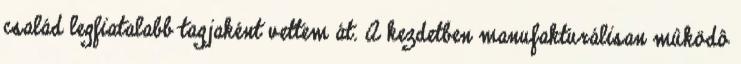
család legfiatalabb tagjaként vettem át. A kezdetben manufakturálisan mûködô